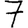
Digit: 7